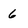
Character: 6